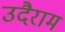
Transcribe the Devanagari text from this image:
उदैराम